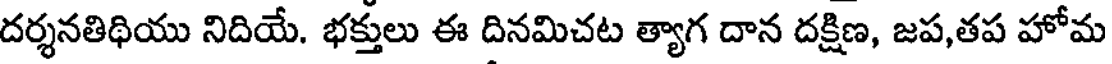
దర్శనతిథియు నిదియే. భక్తులు ఈ దినమిచట త్యాగ దాన దక్షిణ, జప,తప హోమ